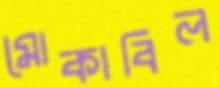
মোকাবিল